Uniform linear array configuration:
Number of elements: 24
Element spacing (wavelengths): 0.5
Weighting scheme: exponential
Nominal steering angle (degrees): -30
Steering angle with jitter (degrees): -31.846
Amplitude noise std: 0.05
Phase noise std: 0.05

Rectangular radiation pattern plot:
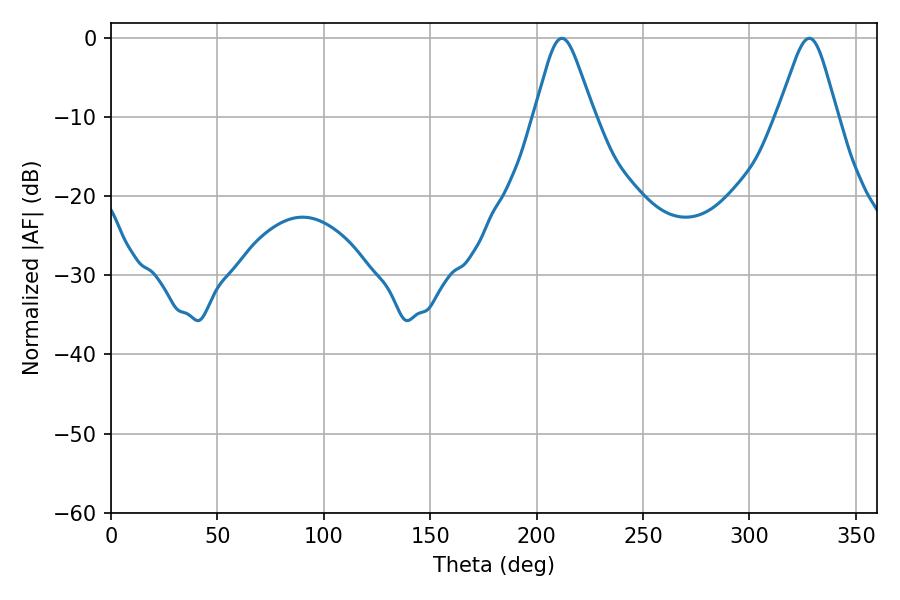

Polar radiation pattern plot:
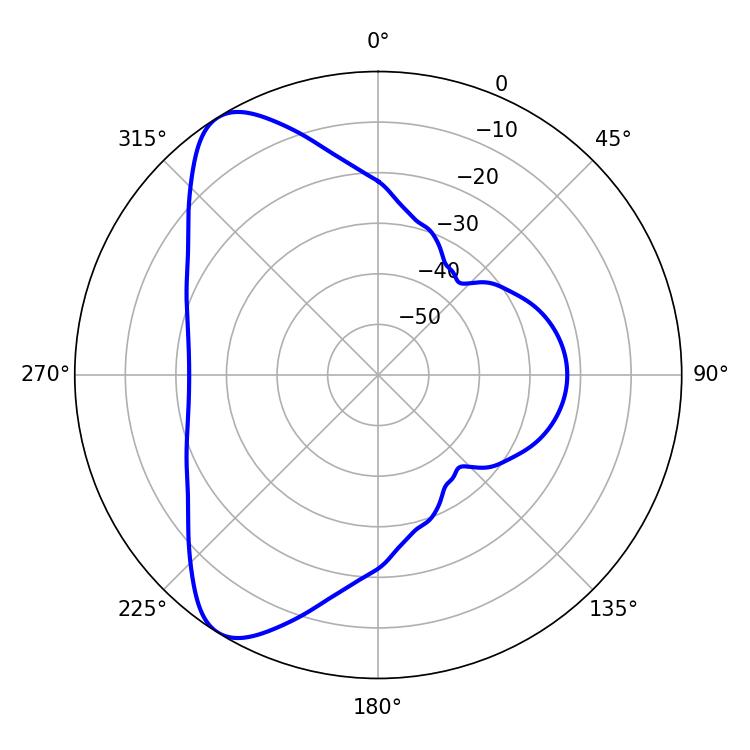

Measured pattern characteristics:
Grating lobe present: FALSE
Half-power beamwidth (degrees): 13.5
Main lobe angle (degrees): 211.86